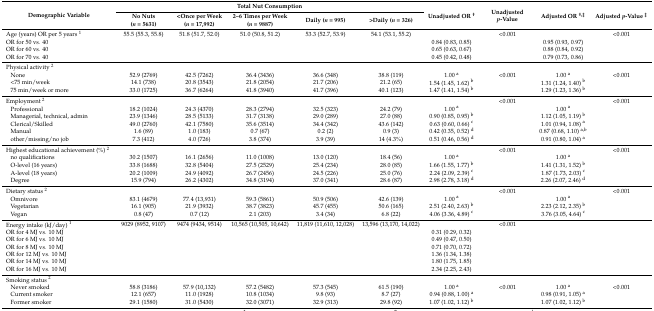
<table><thead><tr><td rowspan="2"><b>Demographic Variable</b></td><td colspan="5"><b>Total Nut Consumption</b></td><td rowspan="2"><b>Unadjusted OR <sup>†</sup></b></td><td rowspan="2"><b>Unadjusted <i>p</i>-Value</b></td><td rowspan="2"><b>Adjusted OR <sup>†,‡</sup></b></td><td rowspan="2"><b>Adjusted <i>p</i>-Value <sup>‡</sup></b></td></tr><tr><td><b>No Nuts (<i>n</i> = 5631)</b></td><td><b>&lt;Once per Week (<i>n</i> = 17,992)</b></td><td><b>2–6 Times per Week (<i>n</i> = 9887)</b></td><td><b>Daily (<i>n</i> = 995)</b></td><td><b>&gt;Daily (<i>n</i> = 326)</b></td></tr></thead><tbody><tr><td>Age (years) OR per 5 years <sup>1</sup></td><td>55.5 (55.3, 55.8)</td><td>51.8 (51.7, 52.0)</td><td>51.0 (50.8, 51.2)</td><td>53.3 (52.7, 53.9)</td><td>54.1 (53.1, 55.2)</td><td></td><td>&lt;0.001</td><td></td><td>&lt;0.001</td></tr><tr><td>OR for 50 vs. 40</td><td></td><td></td><td></td><td></td><td></td><td>0.84 (0.83, 0.85)</td><td></td><td>0.95 (0.93, 0.97)</td><td></td></tr><tr><td>OR for 60 vs. 40</td><td></td><td></td><td></td><td></td><td></td><td>0.65 (0.63, 0.67)</td><td></td><td>0.88 (0.84, 0.92)</td><td></td></tr><tr><td>OR for 70 vs. 40</td><td></td><td></td><td></td><td></td><td></td><td>0.45 (0.42, 0.48)</td><td></td><td>0.79 (0.73, 0.86)</td><td></td></tr><tr><td>Physical activity <sup>2</sup></td><td></td><td></td><td></td><td></td><td></td><td></td><td></td><td></td><td></td></tr><tr><td>None</td><td>52.9 (2769)</td><td>42.5 (7262)</td><td>36.4 (3436)</td><td>36.6 (348)</td><td>38.8 (119)</td><td>1.00 <sup>a</sup></td><td>&lt;0.001</td><td>1.00 <sup>a</sup></td><td>&lt;0.001</td></tr><tr><td>&lt;75 min/week</td><td>14.1 (738)</td><td>20.8 (3543)</td><td>21.8 (2054)</td><td>21.7 (206)</td><td>21.2 (65)</td><td>1.54 (1.45, 1.62) <sup>b</sup></td><td></td><td>1.31 (1.24, 1.40) <sup>b</sup></td><td></td></tr><tr><td>75 min/week or more</td><td>33.0 (1725)</td><td>36.7 (6264)</td><td>41.8 (3940)</td><td>41.7 (396)</td><td>40.1 (123)</td><td>1.47 (1.41, 1.54) <sup>b</sup></td><td></td><td>1.29 (1.23, 1.36) <sup>b</sup></td><td></td></tr><tr><td>Employment <sup>2</sup></td><td></td><td></td><td></td><td></td><td></td><td></td><td>&lt;0.001</td><td></td><td>&lt;0.001</td></tr><tr><td>Professional </td><td>18.2 (1024)</td><td>24.3 (4370)</td><td>28.3 (2794)</td><td>32.5 (323)</td><td>24.2 (79)</td><td>1.00 <sup>a</sup></td><td></td><td>1.00 <sup>a</sup></td><td></td></tr><tr><td>Managerial, technical, admin</td><td>23.9 (1346)</td><td>28.5 (5133)</td><td>31.7 (3138)</td><td>29.0 (289)</td><td>27.0 (88)</td><td>0.90 (0.85, 0.95) <sup>b</sup></td><td></td><td>1.12 (1.05, 1.19) <sup>b</sup></td><td></td></tr><tr><td>Clerical/Skilled</td><td>49.0 (2760)</td><td>42.1 (7580)</td><td>35.6 (3514)</td><td>34.4 (342)</td><td>43.6 (142)</td><td>0.63 (0.60, 0.66) <sup>c</sup></td><td></td><td>1.01 (0.94, 1.08) <sup>a</sup></td><td></td></tr><tr><td>Manual</td><td>1.6 (89)</td><td>1.0 (183)</td><td>0.7 (67)</td><td>0.2 (2)</td><td>0.9 (3)</td><td>0.42 (0.35, 0.52) <sup>d</sup></td><td></td><td>0.87 (0.68, 1.10) <sup>a,b</sup></td><td></td></tr><tr><td>other/missing/no job</td><td>7.3 (412)</td><td>4.0 (726)</td><td>3.8 (374)</td><td>3.9 (39)</td><td>14 (4.3%)</td><td>0.51 (0.46, 0.56) <sup>d</sup></td><td></td><td>0.91 (0.80, 1.04) <sup>a</sup></td><td></td></tr><tr><td>Highest educational achievement (%) <sup>2</sup></td><td></td><td></td><td></td><td></td><td></td><td></td><td>&lt;0.001</td><td></td><td>&lt;0.001</td></tr><tr><td>no qualifications</td><td>30.2 (1507)</td><td>16.1 (2656)</td><td>11.0 (1008)</td><td>13.0 (120)</td><td>18.4 (56)</td><td>1.00 <sup>a</sup></td><td></td><td>1.00 <sup>a</sup></td><td></td></tr><tr><td>O-level (16 years)</td><td>33.8 (1688)</td><td>32.8 (5404)</td><td>27.5 (2529)</td><td>25.4 (234)</td><td>28.0 (85)</td><td>1.66 (1.55, 1.77) <sup>b</sup></td><td></td><td>1.41 (1.31, 1.52) <sup>b</sup></td><td></td></tr><tr><td>A-level (18 years)</td><td>20.2 (1009)</td><td>24.9 (4092)</td><td>26.7 (2456)</td><td>24.5 (226)</td><td>25.0 (76)</td><td>2.24 (2.09, 2.39) <sup>c</sup></td><td></td><td>1.87 (1.73, 2.03) <sup>c</sup></td><td></td></tr><tr><td>Degree</td><td>15.9 (794)</td><td>26.2 (4302)</td><td>34.8 (3194)</td><td>37.0 (341)</td><td>28.6 (87)</td><td>2.98 (2.78, 3.18) <sup>d</sup></td><td></td><td>2.26 (2.07, 2.46) <sup>d</sup></td><td></td></tr><tr><td>Dietary status <sup>2</sup></td><td></td><td></td><td></td><td></td><td></td><td></td><td>&lt;0.001</td><td></td><td>&lt;0.001</td></tr><tr><td>Omnivore</td><td>83.1 (4679)</td><td>77.4 (13,931)</td><td>59.3 (5861)</td><td>50.9 (506)</td><td>42.6 (139)</td><td>1.00 <sup>a</sup></td><td></td><td>1.00 <sup>a</sup></td><td></td></tr><tr><td>Vegetarian</td><td>16.1 (905)</td><td>21.9 (3932)</td><td>38.7 (3823)</td><td>45.7 (455)</td><td>50.6 (165)</td><td>2.51 (2.40, 2.63) <sup>b</sup></td><td></td><td>2.23 (2.12, 2.35) <sup>b</sup></td><td></td></tr><tr><td>Vegan</td><td>0.8 (47)</td><td>0.7 (12)</td><td>2.1 (203)</td><td>3.4 (34)</td><td>6.8 (22)</td><td>4.06 (3.36, 4.89) <sup>c</sup></td><td></td><td>3.76 (3.05, 4.64) <sup>c</sup></td><td></td></tr><tr><td>Energy intake (kJ/day) <sup>1</sup></td><td>9029 (8952, 9107)</td><td>9474 (9434, 9514)</td><td>10,565 (10,505, 10,642)</td><td>11,819 (11,610, 12,028)</td><td>13,596 (13,170, 14,022)</td><td></td><td>&lt;0.001</td><td></td><td></td></tr><tr><td>OR for 4 MJ vs. 10 MJ</td><td></td><td></td><td></td><td></td><td></td><td>0.31 (0.29, 0.32)</td><td></td><td></td><td></td></tr><tr><td>OR for 6 MJ vs. 10 MJ</td><td></td><td></td><td></td><td></td><td></td><td>0.49 (0.47, 0.50)</td><td></td><td></td><td></td></tr><tr><td>OR for 8 MJ vs. 10 MJ</td><td></td><td></td><td></td><td></td><td></td><td>0.71 (0.70, 0.72)</td><td></td><td></td><td></td></tr><tr><td>OR for 12 MJ vs. 10 MJ</td><td></td><td></td><td></td><td></td><td></td><td>1.36 (1.34, 1.38)</td><td></td><td></td><td></td></tr><tr><td>OR for 14 MJ vs. 10 MJ</td><td></td><td></td><td></td><td></td><td></td><td>1.80 (1.75, 1.85)</td><td></td><td></td><td></td></tr><tr><td>OR for 16 MJ vs. 10 MJ</td><td></td><td></td><td></td><td></td><td></td><td>2.34 (2.25, 2.43)</td><td></td><td></td><td></td></tr><tr><td>Smoking status <sup>2</sup></td><td></td><td></td><td></td><td></td><td></td><td></td><td></td><td></td><td></td></tr><tr><td>Never smoked</td><td>58.8 (3186)</td><td>57.9 (10,132)</td><td>57.2 (5482)</td><td>57.3 (545)</td><td>61.5 (190)</td><td>1.00 <sup>a</sup></td><td>&lt;0.001</td><td>1.00 <sup>a</sup></td><td>&lt;0.001</td></tr><tr><td>Current smoker</td><td>12.1 (657)</td><td>11.0 (1928)</td><td>10.8 (1034)</td><td>9.8 (93)</td><td>8.7 (27)</td><td>0.94 (0.88, 1.00) <sup>a</sup></td><td></td><td>0.98 (0.91, 1.05) <sup>a</sup></td><td></td></tr><tr><td>Former smoker</td><td>29.1 (1580)</td><td>31.0 (5430)</td><td>32.0 (3071)</td><td>32.9 (313)</td><td>29.8 (92)</td><td>1.07 (1.02, 1.12) <sup>b</sup></td><td></td><td>1.07 (1.02, 1.12) <sup>b</sup></td><td></td></tr></tbody></table>